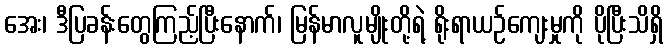
အေး၊ ဒီပြခန်းတွေကြည့်ပြီးနောက်၊ မြန်မာလူမျိုးတို့ရဲ့ ရိုးရာယဉ်ကျေးမှုကို ပိုပြီးသိရှိ